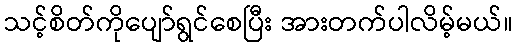
သင့်စိတ်ကိုပျော်ရွင်စေပြီး အားတက်ပါလိမ့်မယ်။